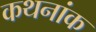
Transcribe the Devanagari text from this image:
कथनांक